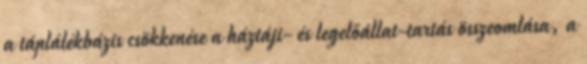
a táplálékbázis csökkenése a háztáji- és legelőállat-tartás összeomlása, a